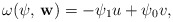
\begin{align*} \omega(\mathbf{\psi}, \, \mathbf{w}) = - \psi_1 u + \psi_0 v, \end{align*}